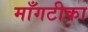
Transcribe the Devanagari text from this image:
माँगटीका